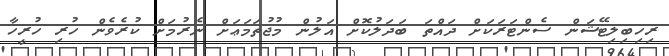
ރިހިބިލިޓޭޝަން ސެންޓަރަކަށް ދައްތަ ބަދަލުކޮށް އަލުން މުޖުތަމަޢަށް ނެރުމަށް ކުރެވެން ހުރި ހުރީހާ